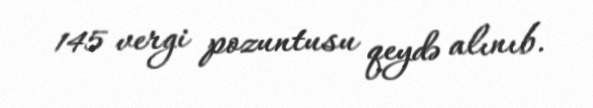
145 vergi pozuntusu qeydə alınıb.